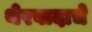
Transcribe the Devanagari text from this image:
थेरवादाचे